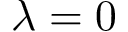
\lambda = 0